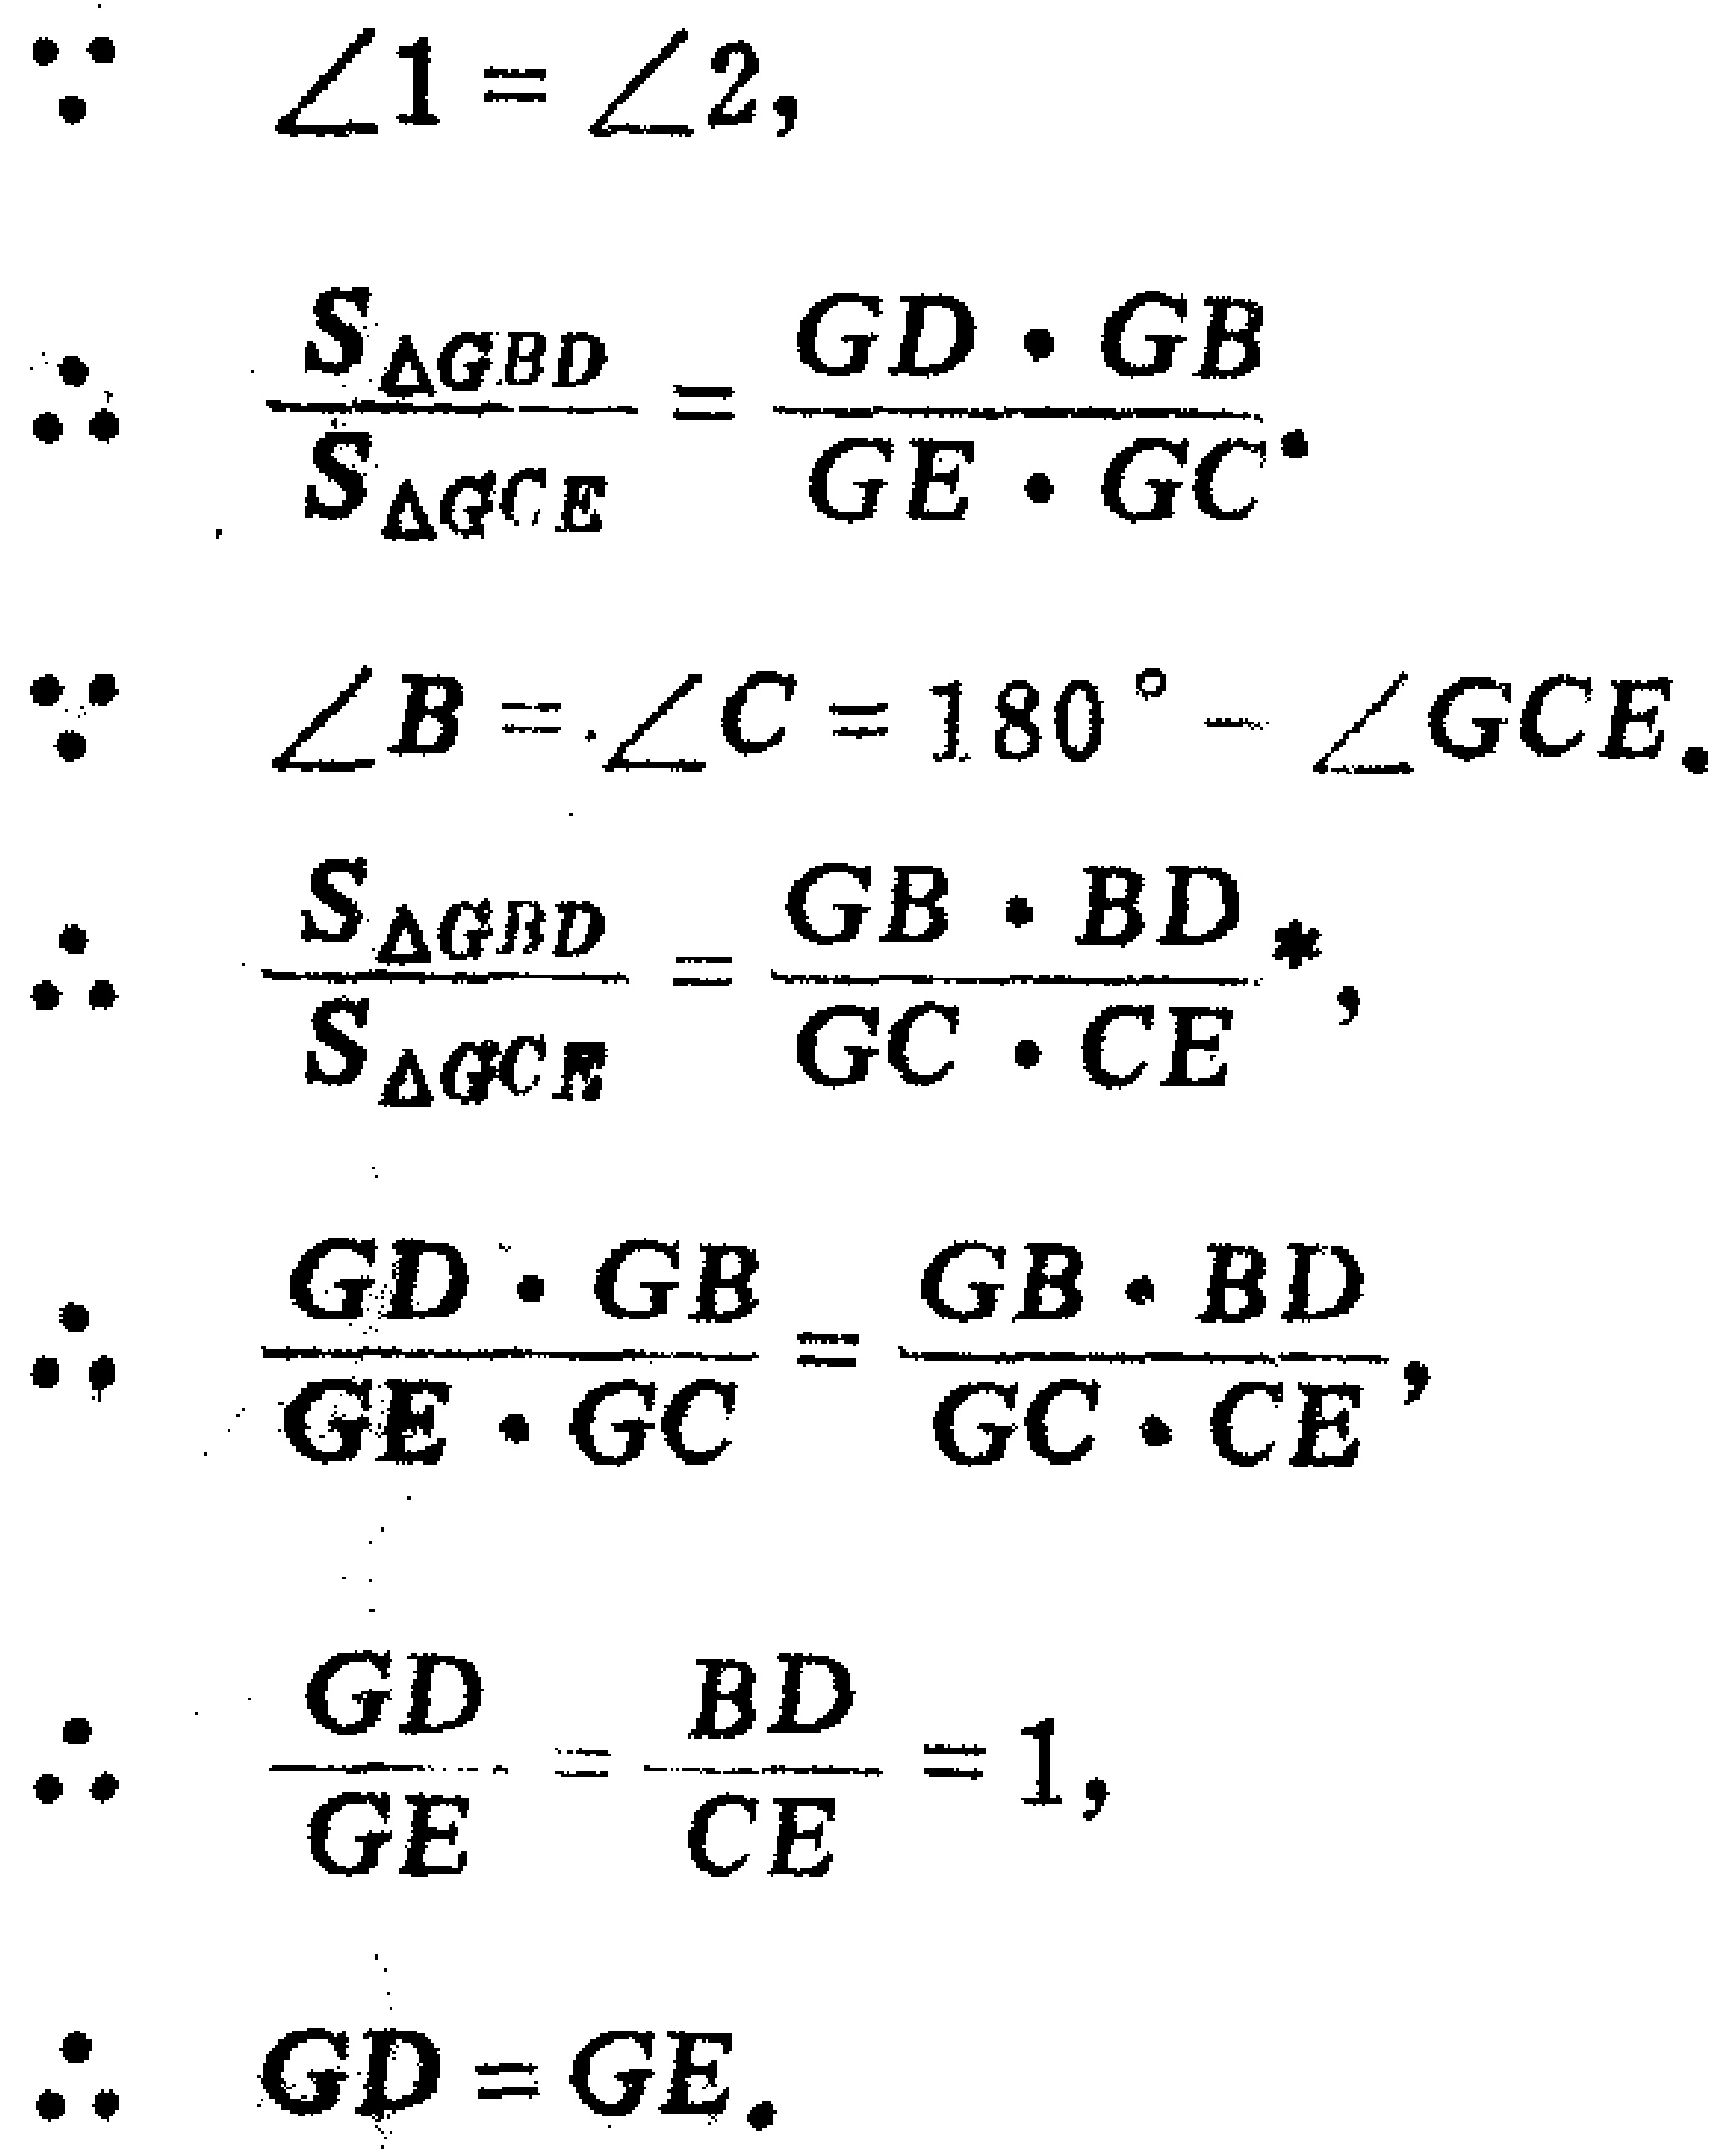
\[

\begin{align*}

\because\quad&\angle1 = \angle2,\\

\therefore\quad&\frac{S_{\triangle GBD}}{S_{\triangle GCE}}=\frac{GD\cdot GB}{GE\cdot GC}.\\

\because\quad&\angle B=\angle C = 180^{\circ}-\angle GCE.\\

\therefore\quad&\frac{S_{\triangle GBD}}{S_{\triangle GCE}}=\frac{GB\cdot BD}{GC\cdot CE},\\

\therefore\quad&\frac{GD\cdot GB}{GE\cdot GC}=\frac{GB\cdot BD}{GC\cdot CE},\\

\therefore\quad&\frac{GD}{GE}=\frac{BD}{CE}=1,\\

\therefore\quad&GD = GE.

\end{align*}

\]